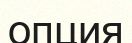
опция